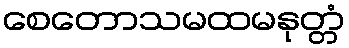
စေတောသမထမနုတ္တံ